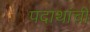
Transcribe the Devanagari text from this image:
पदाथांची